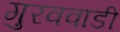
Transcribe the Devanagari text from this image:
गुरववाडी